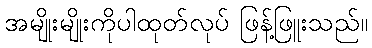
အမျိုးမျိုးကိုပါထုတ်လုပ် ဖြန့်ဖြူးသည်။